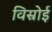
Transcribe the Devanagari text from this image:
विस्रोई